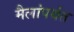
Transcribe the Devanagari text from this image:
मैलांपर्यंत